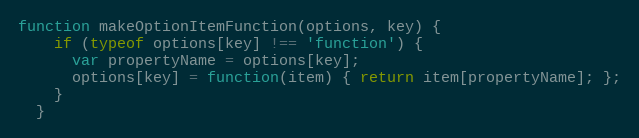
Language: JavaScript
function makeOptionItemFunction(options, key) {
    if (typeof options[key] !== 'function') {
      var propertyName = options[key];
      options[key] = function(item) { return item[propertyName]; };
    }
  }